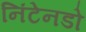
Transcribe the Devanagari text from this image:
निंटेनडो